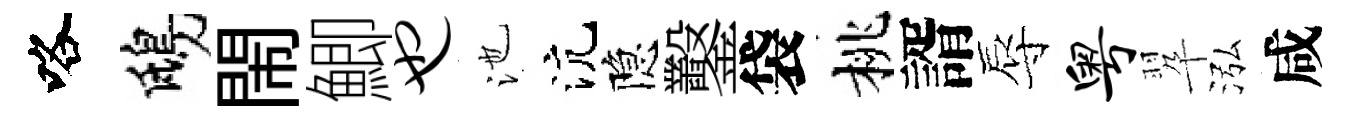
咯鴟閙鯽也池沆隐鑿袋桃諝辱粤翆泓咸